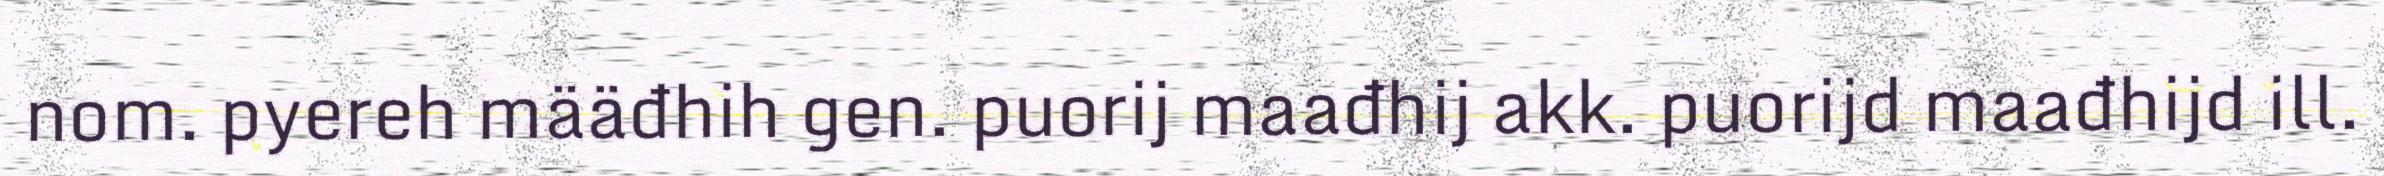
nom. pyereh määđhih gen. puorij maađhij akk. puorijd maađhijd ill.